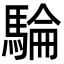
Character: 𩤇